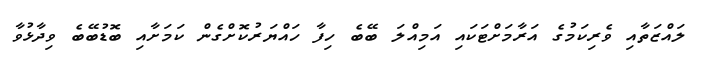
ލައްޒަތާއި ވެރިކަމުގެ އަރާމަށްޓަކައި އަމިއްލަ ބޭބެ ހިފާ ހައްޔަރުކޮށްގެން ކަމަށާއި ބޮޑުބޭބެ ވިދާޅުވާ